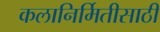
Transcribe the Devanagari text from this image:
कलानिर्मितीसाठी